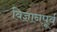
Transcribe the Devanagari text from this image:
विज्ञानपूर्व